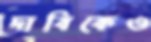
দাবিকেও